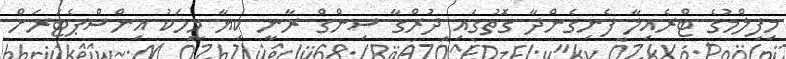
މިފިލްމުގެ ޓްރެއިލާ ފެނިގެންދާ ގޮތުގައި ދުރްގާ ސިންގް ރާނީ ކިޔާ މީހަކު އިންސްޕެޓަރަށް